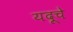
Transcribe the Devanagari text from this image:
यदूचे